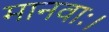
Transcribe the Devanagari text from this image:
मानवाः।